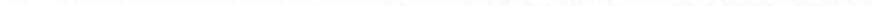
___